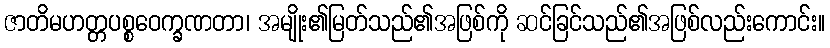
ဇာတိမဟတ္တပစ္စဝေက္ခဏတာ၊ အမျိုး၏မြတ်သည်၏အဖြစ်ကို ဆင်ခြင်သည်၏အဖြစ်လည်းကောင်း။